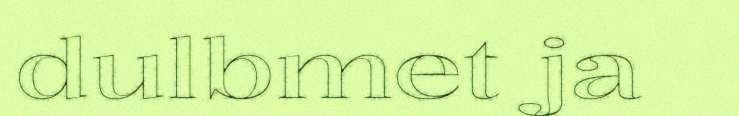
dulbmet ja